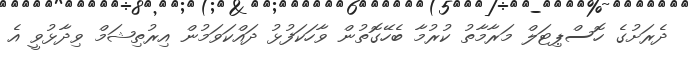
ދެރަށުގެ ހޮސްޕިޓަލް މަރާމާތު ކުރުމާ ބެހޭގޮތުން ވާހަކަފުޅު ދައްކަވަމުން އިރުތިޝަމް ވިދާޅުވީ އެ